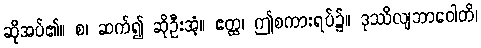
ဆိုအပ်၏။ စ၊ ဆက်၍ ဆိုဦးအံ့။ ဧတ္ထ၊ ဤစကားရပ်၌။ ဒုဿိလျဘာဝေါတိ၊